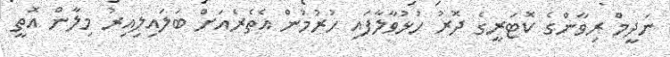
ނަދީމް ރިވާންގެ ކޮޓަރީގެ ދޮރު ހުޅުވާލާފައި ހުރުމުން އެތެރެއަށް ބަލައިލިއިރު މިލާން އޮތީ